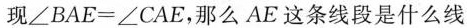
现$$∠ B A E = ∠ C A E$$，那么AE这条线段是什么线